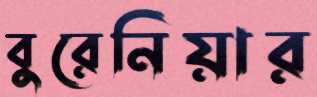
বুরেনিয়ার